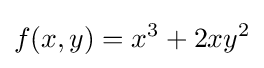
f(x,y)=x^{3}+2xy^{2}